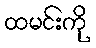
ထမင်းကို